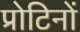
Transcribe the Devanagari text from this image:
प्रोटिनों